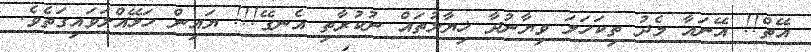
އޭތް!! އޭނައާ މެދު ތިކަހަލަ ވިޔާނުދާ ޚިޔާލުތައް ނުކުރާތި އެނގޭ!!! ޔައިން ހަޅޭއްލަވައިގަތެވެ.